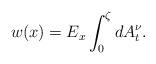
LaTeX: \begin{align*}w(x)=E_{x} \int_{0}^{\zeta} dA_{t}^{\nu}.\end{align*}